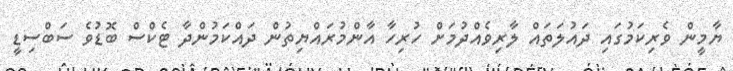
ޔާމީން ވެރިކަމުގައި ދައުލަތައް ލާރިވެއްދުމަށް ހުރިހާ އާންމުރައްޔިތުން ދައްކަމުންދާ ޓެކްސް ބޮޑުވެ ސަބްސިޑީ